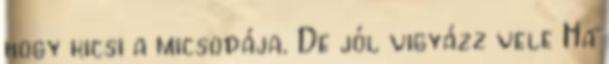
hogy kicsi a micsodája. De jól vigyázz vele Ha